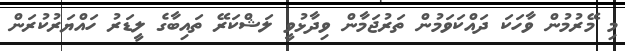
މި މޭރުމުން ވާހަކަ ދައްކަވަމުން ތަރުޖަމާން ވިދާޅުވީ ލަޝްކަރޭ ތައިބާގެ ލީޑަރު ހައްޔަރުކުރަން